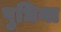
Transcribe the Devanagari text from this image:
पुधिया